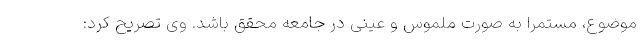
موضوع، مستمراً به صورت ملموس و عینی در جامعه محقق باشد. وی تصریح کرد: